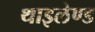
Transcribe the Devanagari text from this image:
थाइलेण्ड